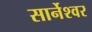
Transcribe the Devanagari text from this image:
सार्नेश्वर